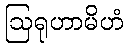
ဩရုဟာမိဟံ